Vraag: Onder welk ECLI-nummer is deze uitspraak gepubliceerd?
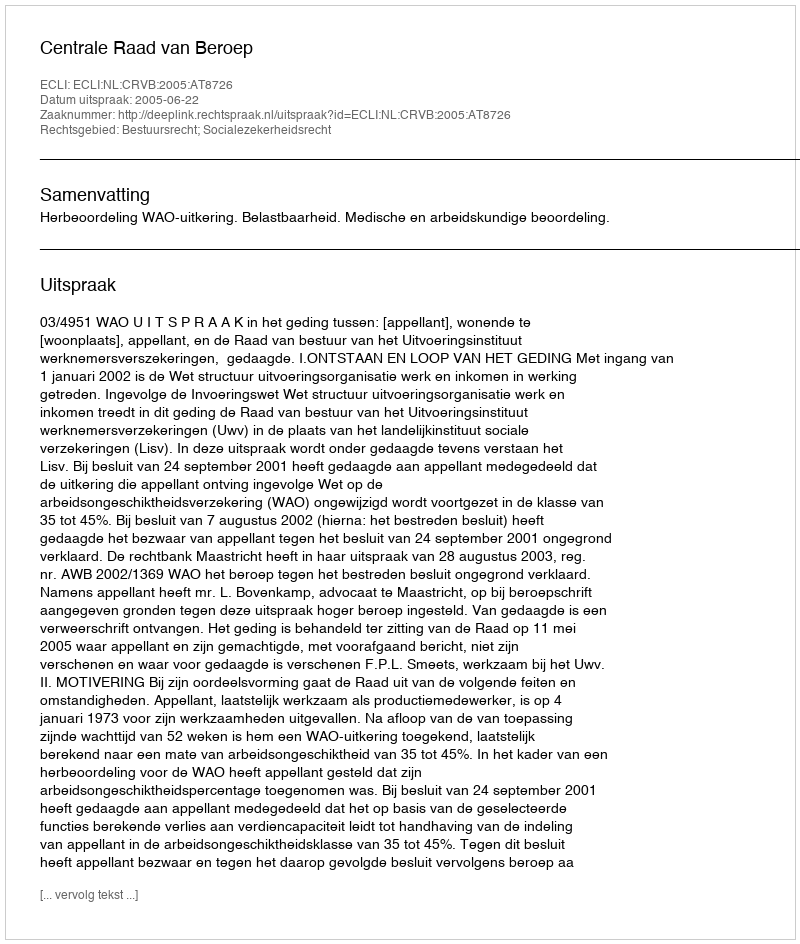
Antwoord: ECLI:NL:CRVB:2005:AT8726